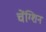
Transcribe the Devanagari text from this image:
चेंग्शिन